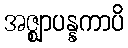
အဇ္ဈာပန္နကာပိ